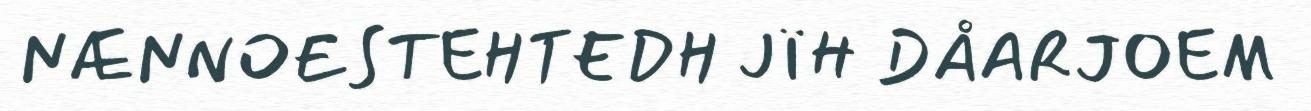
NÆNNOESTEHTEDH JÏH DÅARJOEM